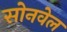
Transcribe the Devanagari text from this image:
सोनवेल